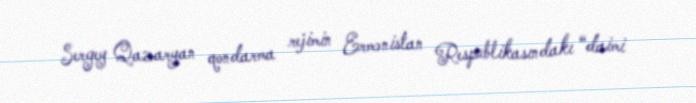
Sergey Qazaryan qondarma rejimin Ermənistan Respublikasındakı “daimi